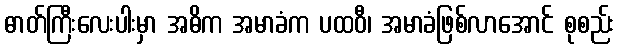
ဓာတ်ကြီးလေးပါးမှာ အဓိက အမာခံက ပထဝီ၊ အမာခံဖြစ်လာအောင် စုစည်း